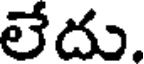
లేదు.